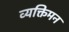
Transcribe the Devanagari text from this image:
व्यक्तिमन